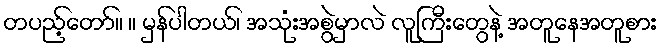
တပည့်တော်။ ။ မှန်ပါတယ်၊ အသုံးအစွဲမှာလဲ လူကြီးတွေနဲ့ အတူနေအတူစား